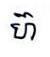
ហ៊